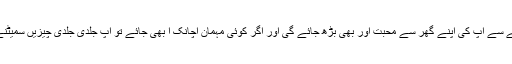
امید ہے کہ ان مشوروں پر عمل کرنے سے آپ کی اپنے گھر سے محبت اور بھی بڑھ جائے گی اور اگر کوئی مہمان اچانک آ بھی جائے تو آپ جلدی جلدی چیزیں سمیٹنے کی کوفت سے بھی بچے رہیںگے۔